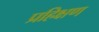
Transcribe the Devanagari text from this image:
प्रहिक्षण